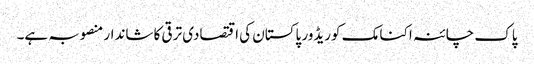
پاک چائنہ اکنامک کوریڈور پاکستان کی اقتصادی ترقی کا شاندار منصوبہ ہے۔